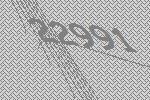
22991